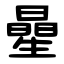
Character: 曐